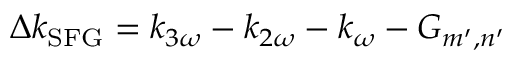
\Delta k _ { \mathrm { { S F G } } } = k _ { 3 \omega } - k _ { 2 \omega } - k _ { \omega } - G _ { m ^ { \prime } , n ^ { \prime } }